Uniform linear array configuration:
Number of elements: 24
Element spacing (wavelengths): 0.75
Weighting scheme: hamming
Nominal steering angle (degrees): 30
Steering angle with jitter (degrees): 28.613
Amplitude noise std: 0.05
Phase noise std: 0.05

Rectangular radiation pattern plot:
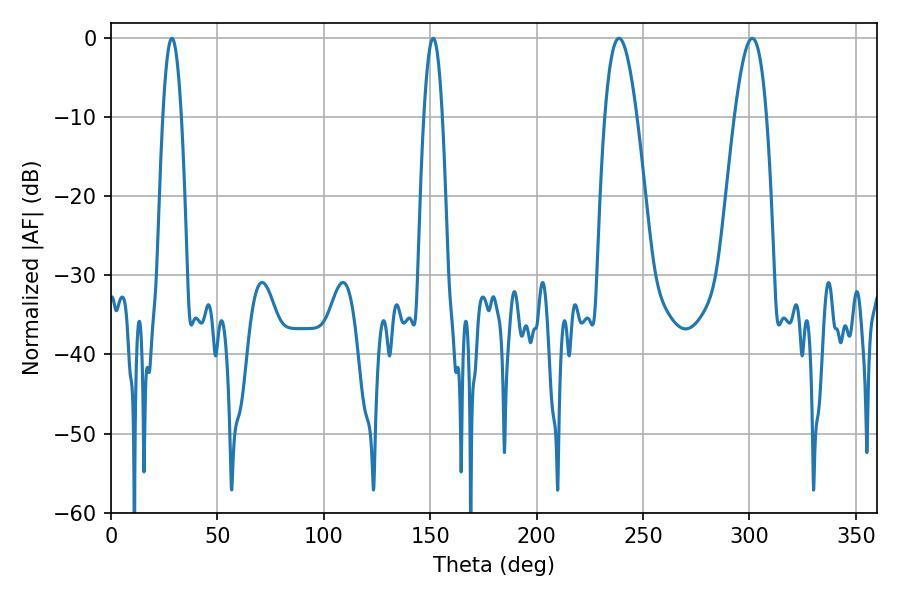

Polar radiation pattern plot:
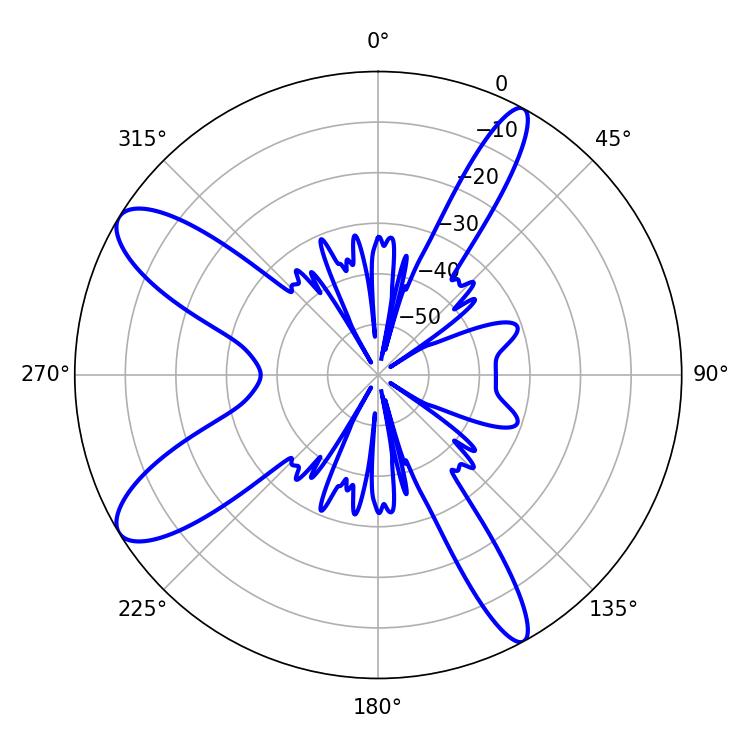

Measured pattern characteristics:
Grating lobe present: TRUE
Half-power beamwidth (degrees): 4.68
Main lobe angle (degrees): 28.62